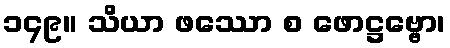
၁၄၉။ သိယာ ဖဿော စ ဖောဋ္ဌဗ္ဗော၊